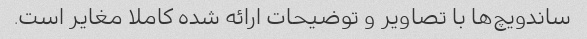
ساندویچ‌ها با تصاویر و توضیحات ارائه شده کاملا مغایر است.